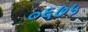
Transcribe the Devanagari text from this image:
०६७५